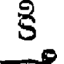
కి